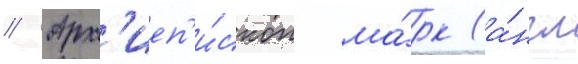
// Арх'иеп'и́скоп ма́рк (а́нгл